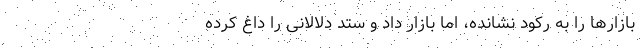
بازارها را به رکود نشانده، اما بازار داد و ستد دلالانی را داغ کرده